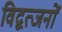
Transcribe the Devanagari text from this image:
विद्वत्जनों